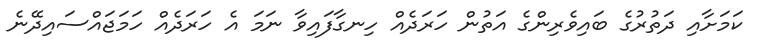
ކަމަށާއި ދަތުރުގެ ބައިވެރިންގެ އަތުން ހަރަދެއް ހިނގާފައިވާ ނަމަ އެ ހަރަދެއް ހަމަޖައްސައިދޭނެ